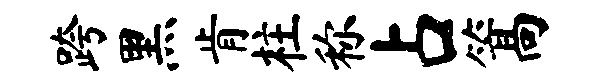
跨黑肯柱称占篙